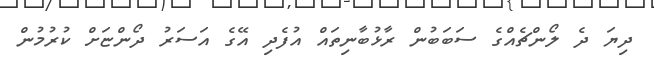
ދިޔަ ދެ ލޯންޗެއްގެ ސަބަބުން ރާޅުބާނިތައް އުފެދި އޭގެ އަސަރު ދޯންޏަށް ކުރުމުން